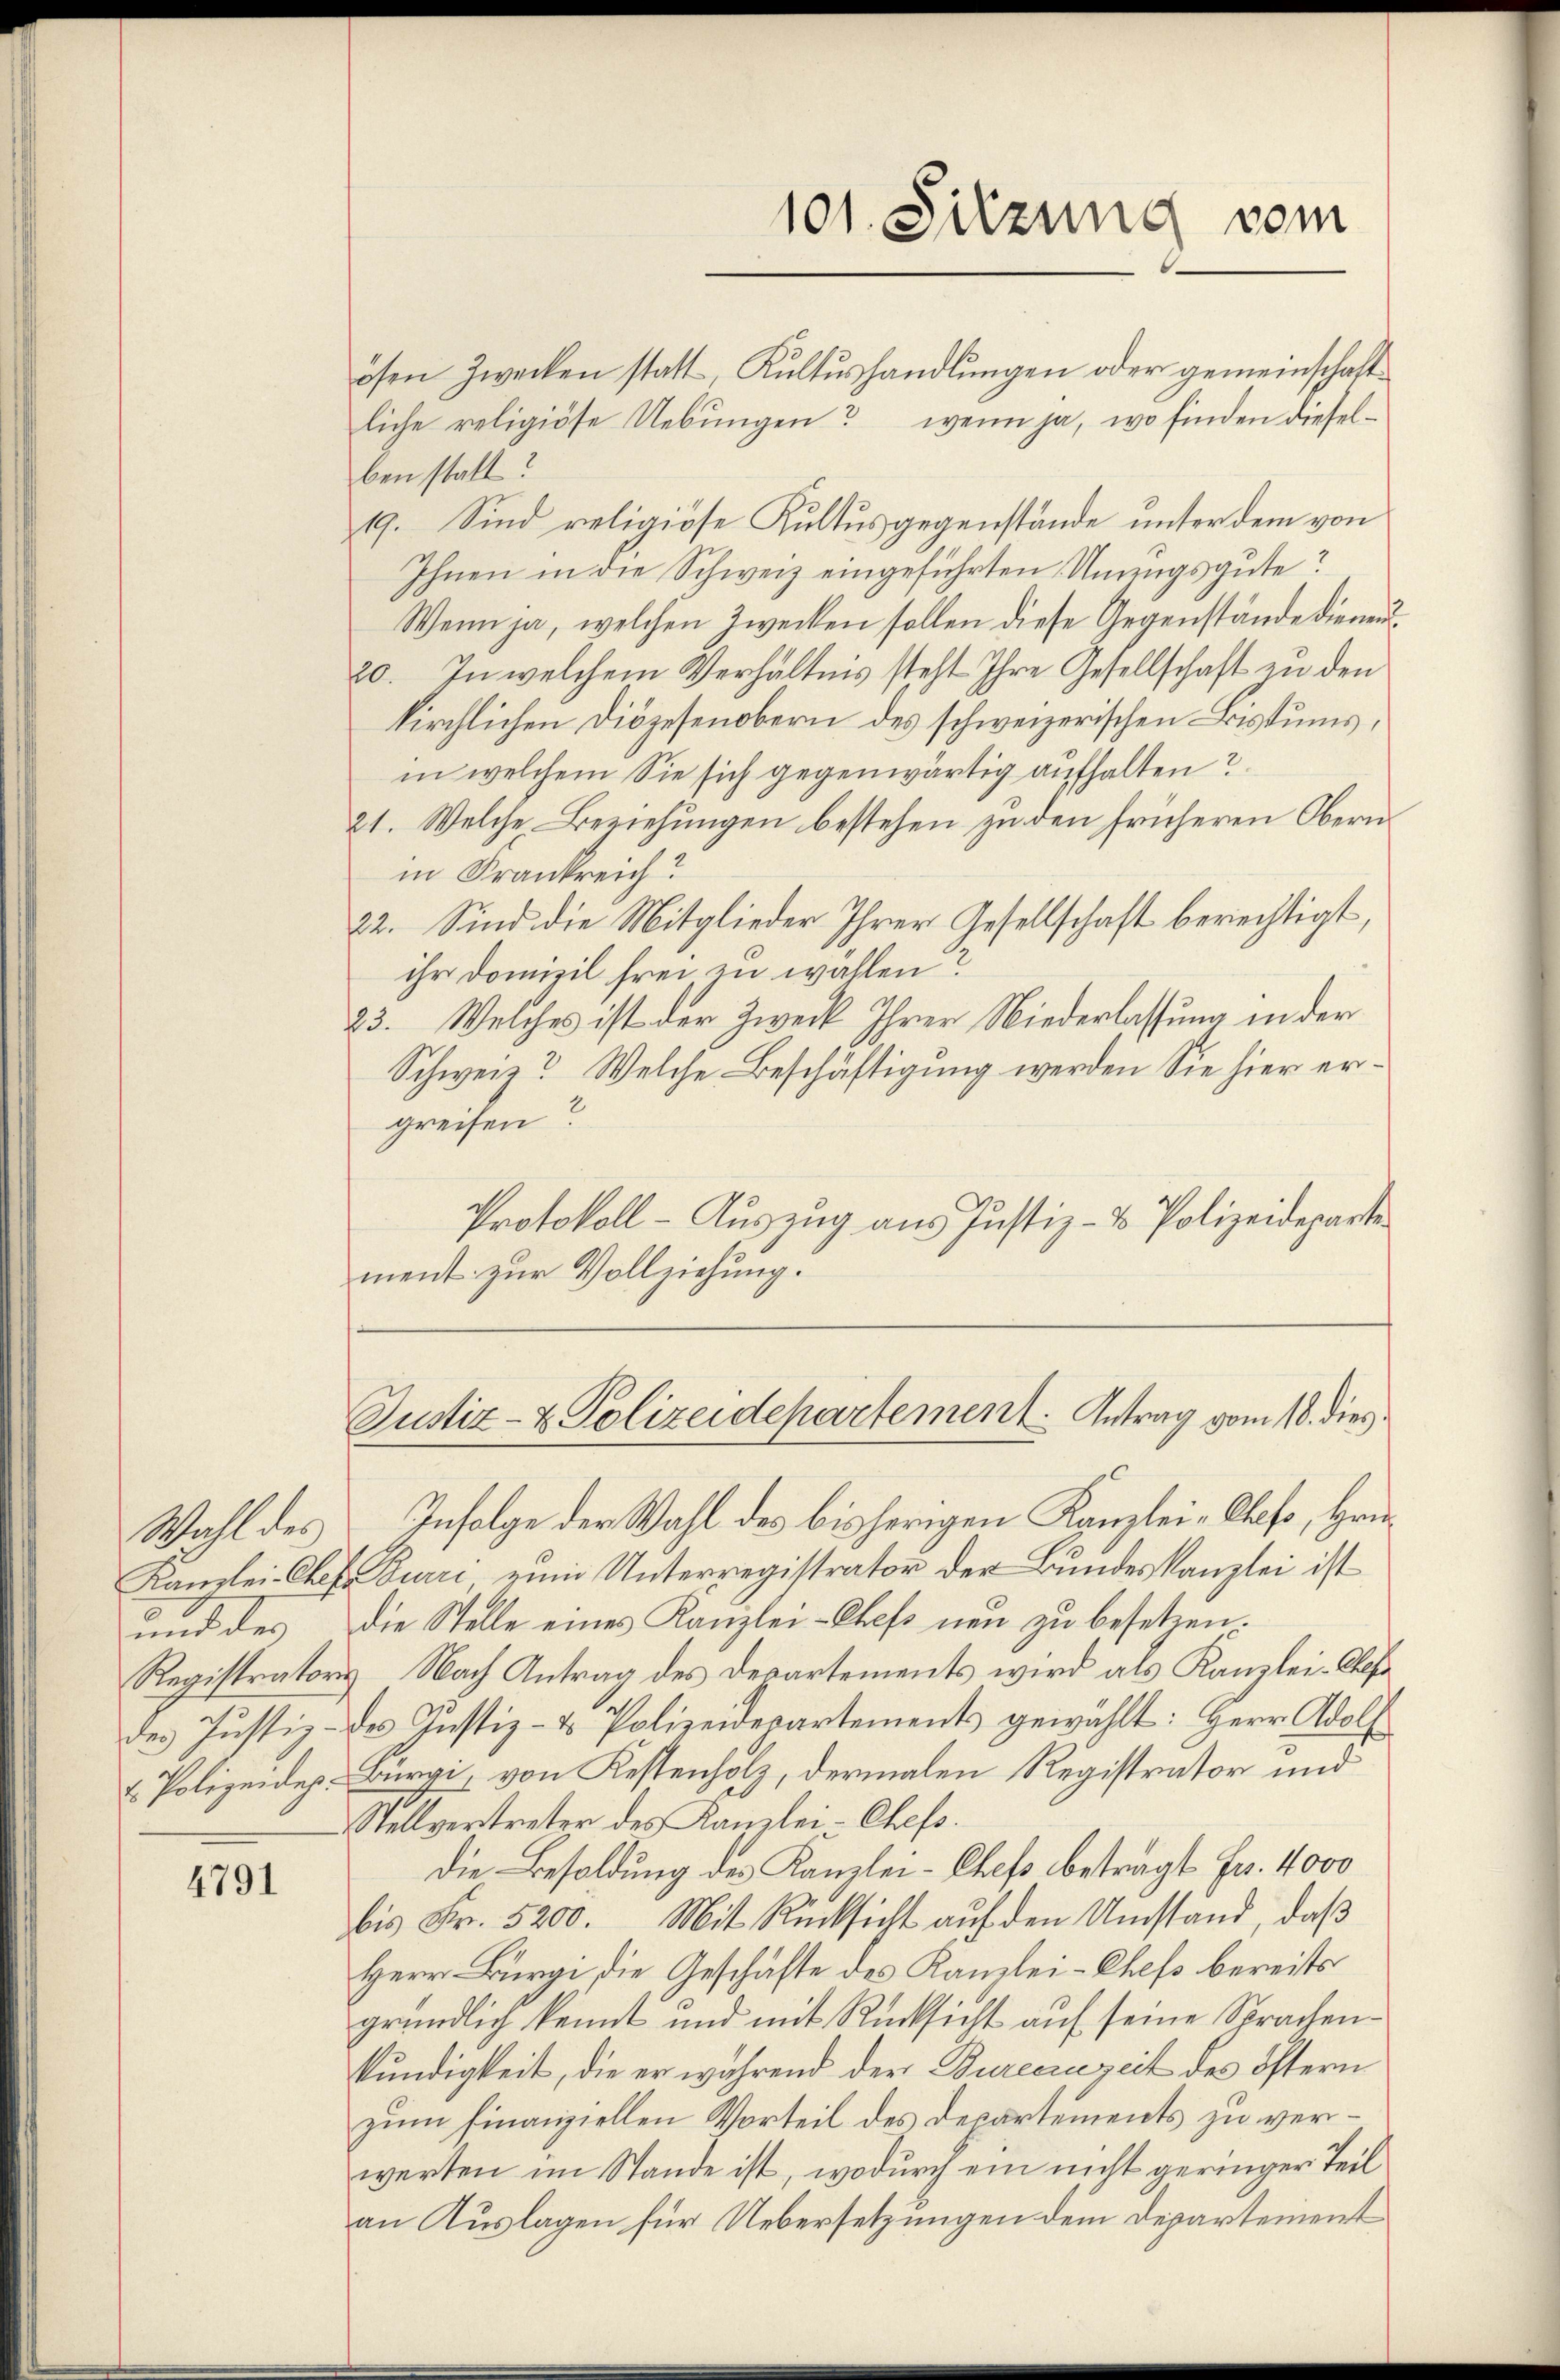
Wahl des

4791

ösen Zwecken statt, Kŭltŭshandlŭngen oder gemeinschaftliche religiöse Uebungen? wenn ja, wo finden dieselben statt?
19. Sind religiöse Kultus gegenstände unter dem von
Ihnen in die Schweiz eingeführten Unzugsgute?
Wenn ja, welchen Zwecken sollen diese Gegenstände die neu¬
20. In welchem Verhältnis steht ihre Gesellschaft zu den
kirchlichen Diözesenobern des schweizerischen Bistums,
in welchem Sie sich gegenwärtig aufhalten?
21. Welche Beziehungen bestehen zu den früheren Obern
in Frankreich?
22. Sind die Mitglieder Ihrer Gesellschaft berechtigt,
ihr Domizil frei zu wahlen?
23. Welches ist der Zweck Ihrer Niederlassung in der
Schweiz? Welche Beschäftigung werden Sie hier ergreifen?
Protokoll - Auszug aus Justiz- & Polizeideparte
ment zur Vollziehung.

101. Sitzung vom

Justiz- & Polizeidepartement. Antrag vom 18. dies

Infolge der Wahl des bisherigen Kanzlei-Chefs, Hrn
Kanzlei-Chef. Durri zum Unterregistrator der Bundeskanzlei ist
und des die Stelle eines Kanzlei-Chefs neu zu besetzen.
Registrators Nach Antrag des Departements wird als Kanzlei-Chef
des Justiz- des Justiz- & Polizeidepartements gewählt: Herr Adolf
u. Polizeidep. Bürgi, von Kestenholz, dermalen Registrator und
Stellvertreter des Kanzlei- Chefs.
Die Besoldung des Kanzlei- Chef beträgt Fr. 4000
bis Fr. 5200. Mit Rücksicht auf den Umstand, daß
Herr Bürgi, die Geschäfte des Kanzlei-Chefs bereits
gründlich kannt und mit Rücksicht auf seine Sprachenkundigkeit, die er während der Durccreszeit des öftern
zum finanziellen Vorteil des Departements zu verwerten im Stande ist, wodurch ein nicht geringer Teil
an Auslagen für Uebersetzungen dem Departement